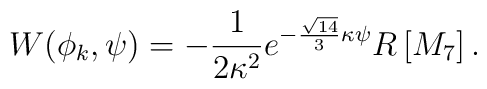
{W(\phi_k,\psi)=-\frac{1}{2\kappa^2}e^{-\frac{\sqrt{14}}{3}\kappa\psi}R\left[M_7\right].}